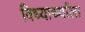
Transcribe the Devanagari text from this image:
विध्यार्थ्याला